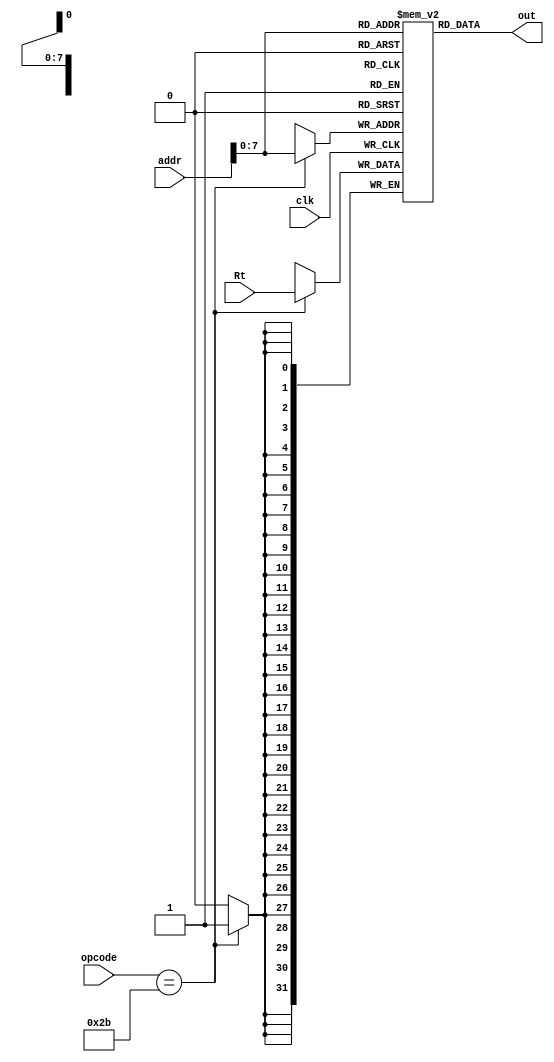
module dataMem(opcode,Rt,addr,clk,out);
input [5:0] opcode;
input [31:0] addr, Rt;
input clk;
output [31:0] out;



reg [31:0] memdata [255:0];

initial begin

     
	  memdata[0] = 32'b00000000000000000000000000000000;
        memdata[1] = 32'b00000000000000000000000000000000;
        memdata[2] = 32'b00000000000000000000000000000000;
        memdata[3] = 32'b00000000000000000000000000000000;
        memdata[4] = 32'b00000000000000000000000000000000;
        memdata[5] = 32'b00000000000000000000000000000000;
        memdata[6] = 32'b00000000000000000000000000000000;
        memdata[7] = 32'b00000000000000000000000000000000;
        memdata[8] = 32'b00000000000000000000000000000000;
        memdata[9] = 32'b00000000000000000000000000000000;
        memdata[10] = 32'b00000000000000000000000000000000;
        memdata[11] = 32'b00000000000000000000000000000000;
        memdata[12] = 32'b00000000000000000000000000000000;
        memdata[13] = 32'b00000000000000000000000000000000;
        memdata[14] = 32'b00000000000000000000000000000000;
        memdata[15] = 32'b00000000000000000000000000000000;
        memdata[16] = 32'b00000000000000000000000000000000;
        memdata[17] = 32'b00000000000000000000000000000000;
        memdata[18] = 32'b00000000000000000000000000000000;
        memdata[19] = 32'b00000000000000000000000000000000;

        end

	assign out = memdata[addr];


always @(negedge clk)
begin
	if(opcode==6'b101011)
	begin
	memdata[addr] = Rt;
	end

end

endmodule